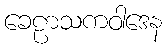
ခေဠာသကဝါဒေန